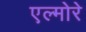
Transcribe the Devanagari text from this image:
एल्मोरे